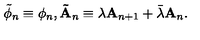
\tilde { \phi } _ { n } \equiv \phi _ { n } , \mathbf { \tilde { A } } _ { n } \equiv \lambda \mathbf { A } _ { n + 1 } + \bar { \lambda } \mathbf { A } _ { n } .